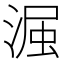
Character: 𮳋